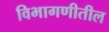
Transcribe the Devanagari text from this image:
विभागणीतील